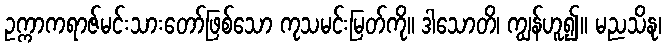
ဥက္ကာကရာဇ်မင်းသားတော်ဖြစ်သော ကုသမင်းမြတ်ကို။ ဒါသောတိ၊ ကျွန်ဟူ၍။ မညသိနု၊